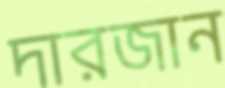
দারজান